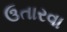
ઉતારવા